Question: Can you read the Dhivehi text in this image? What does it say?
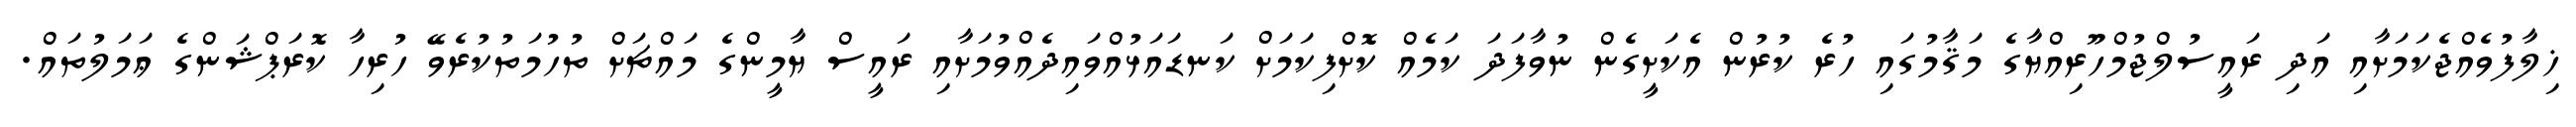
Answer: ޚިލާފުވެއްޖެކަމަށާއި އަދި ރައީސުލްޖުމްހޫރިއްޔާގެ މަޤާމުގައި ހުރެ ކުރުން އެކަށީގެން ނުވާފަދަ ކަމެއް ކޮށްފިކަމަށް ކަނޑައަޅުއްވައިދެއްވުމަށާއި ރައީސް ޔާމީންގެ މައްޗަށް ތުހުމަތުކުރެވޭ ހުރިހާ ކޮރަޕްޝަންގެ ޢަމަލުތައް.